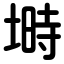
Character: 塒